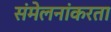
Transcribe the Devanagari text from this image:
संमेलनांकरता